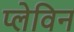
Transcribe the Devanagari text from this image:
प्लेविन